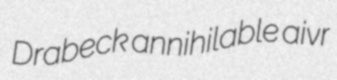
Drabeck annihilable aivr